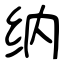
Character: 纳